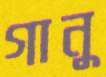
গানু